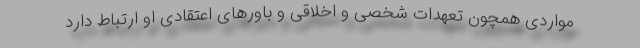
مواردی همچون تعهدات شخصی و اخلاقی و باورهای اعتقادی او ارتباط دارد